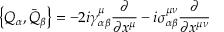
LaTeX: \bigl \{ Q _ { \alpha } , \bar { Q } _ { \beta } \bigr \} = - 2 i \gamma _ { \alpha \beta } ^ { \mu } \frac { \partial } { \partial x ^ { \mu } } - i \sigma _ { \alpha \beta } ^ { \mu \nu } \frac { \partial } { \partial x ^ { \mu \nu } }